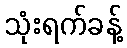
သုံးရက်ခန့်